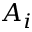
A _ { i }